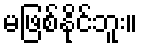
မဖြစ်နိုင်ဘူး။